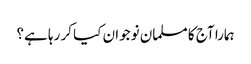
ہمارا آج کا مسلمان نوجوان کیا کر رہا ہے؟